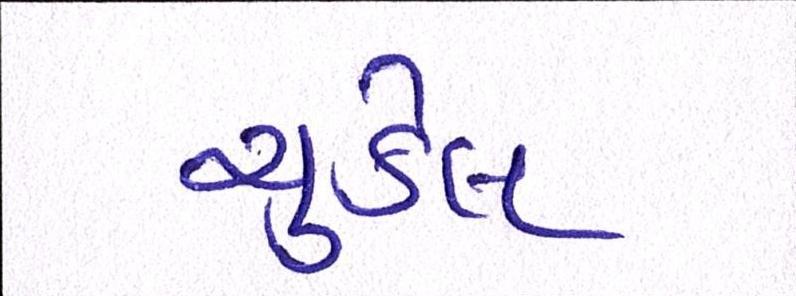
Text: ચુકેલ